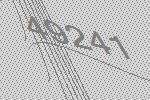
49241